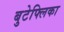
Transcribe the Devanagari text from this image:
बुटेफ्लिका